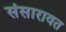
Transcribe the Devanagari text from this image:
संसारावत